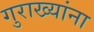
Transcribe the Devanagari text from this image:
गुराख्यांना